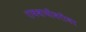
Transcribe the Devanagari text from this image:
रावबाजीबरोबर